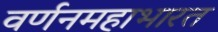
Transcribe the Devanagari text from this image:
वर्णनमहाभारत